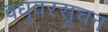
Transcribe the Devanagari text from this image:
वधुवरसूचन